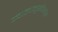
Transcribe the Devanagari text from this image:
ज्वालामुखीसदृश